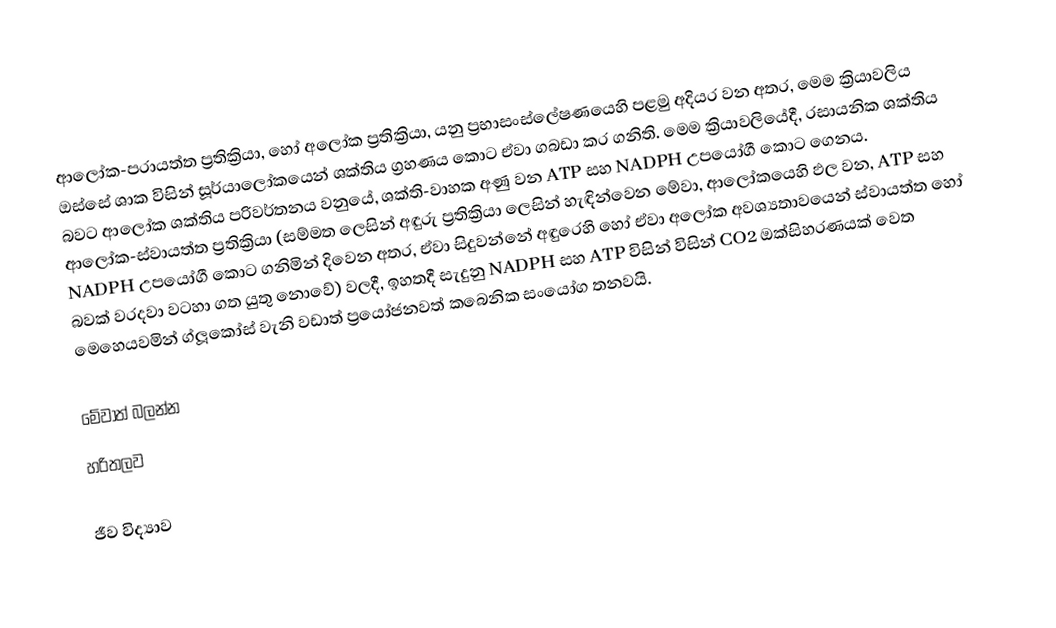
ආලෝක-පරායත්ත ප්‍රතික්‍රියා, හෝ අලෝක ප්‍රතික්‍රියා, යනු  ප්‍රභාසංස්ලේෂණයෙහි පළමු අදියර වන අතර, මෙම ක්‍රියාවලිය ඔස්සේ  ශාක විසින් සූර්යා‍ලෝකයෙන් ශක්තිය ග්‍රහණය කොට ඒවා ගබඩා කර ගනිති. මෙම ක්‍රියාවලියේදී, රසායනික ශක්තිය බවට ආලෝක ශක්තිය පරිවර්තනය වනුයේ, ශක්ති-වාහක අණු වන  ATP සහ  NADPH උපයෝගී කොට ගෙනය. ආලෝක-ස්වායත්ත ප්‍රතික්‍රියා (සම්මත ලෙසින් අඳුරු ප්‍රතික්‍රියා ලෙසින් හැඳින්වෙන මේවා, ආලෝකයෙහි ඵල වන, ATP සහ NADPH උපයෝගී කොට ගනිමින් දිවෙන අතර, ඒවා සිදුවන්නේ අඳුරෙහි හෝ ඒවා අලෝක අවශ්‍යතාවයෙන් ස්වායත්ත හෝ බවක් වරදවා වටහා ගත යුතු නොවේ) වලදී, ඉහතදී සැදුනු NADPH සහ ATP විසින් විසින් CO2 ඔක්සිහරණයක් වෙත මෙහෙයවමින් ග්ලූකෝස් වැනි වඩාත් ප්‍රයෝජනවත් කබෙනික සංයෝග තනවයි.

මේවාත් බලන්න
 හරිතලව

ජීව විද්‍යාව